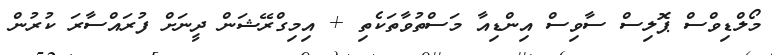
މޯލްޑިވްސް ޕޮލިސް ސާވިސް އިންޑިއާ މަސްތުވާތަކެތި + އިމިގްރޭޝަން ދީނަށް ފުރައްސާރަ ކުރުން